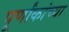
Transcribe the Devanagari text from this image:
पूर्णांकांच्या